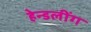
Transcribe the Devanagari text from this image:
हेन्डलींग